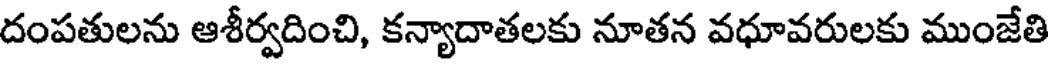
దంపతులను ఆశీర్వదించి, కన్యాదాతలకు నూతన వధూవరులకు ముంజేతి